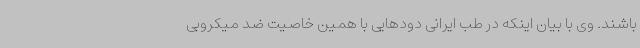
باشند. وی با بیان اینکه در طب ایرانی دودهایی با همین خاصیت ضد میکروبی